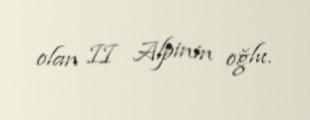
olan II Alpinin oğlu.